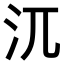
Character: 𣲍